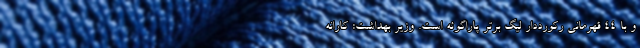
و با ۴۴ قهرمانی رکورددار لیگ برتر پاراگوئه است. وزیر بهداشت: کارانه